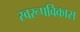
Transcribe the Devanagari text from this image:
स्वरूपविकास